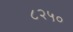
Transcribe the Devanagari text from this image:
८२५०